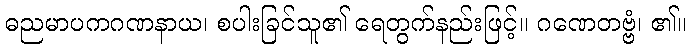
ဓညမာပကဂဏနာယ၊ စပါးခြင်သူ၏ ရေတွက်နည်းဖြင့်။ ဂဏေတဗ္ဗံ၊ ၏။